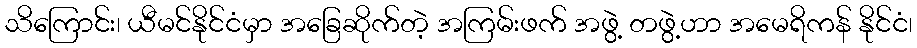
သိကြောင်း၊ ယီမင်နိုင်ငံမှာ အခြေဆိုက်တဲ့ အကြမ်းဖက် အဖွဲ့ တဖွဲ့ဟာ အမေရိကန် နိုင်ငံ၊